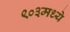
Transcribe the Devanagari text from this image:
९०३मध्ये